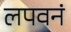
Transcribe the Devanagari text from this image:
लपवनं